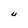
Character: U